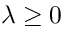
\lambda \ge 0